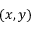
( x , y )